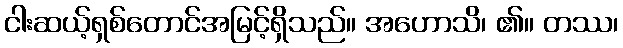
ငါးဆယ့်ရှစ်တောင်အမြင့်ရှိသည်။ အဟောသိ၊ ၏။ တဿ၊